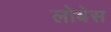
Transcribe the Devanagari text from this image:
लोबेस